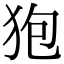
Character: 狍